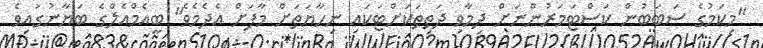
"މިކަމުގެ ސަބަބުން ކަސްޓަމަރުންނަށް ދިމާވި ދަތިތަކަށްޓަކައި ނިހާޔަތަށް މާފަށް އެދެމެވެ" ބީއެމްއެލްގެ ބަޔާނުގައިވެ